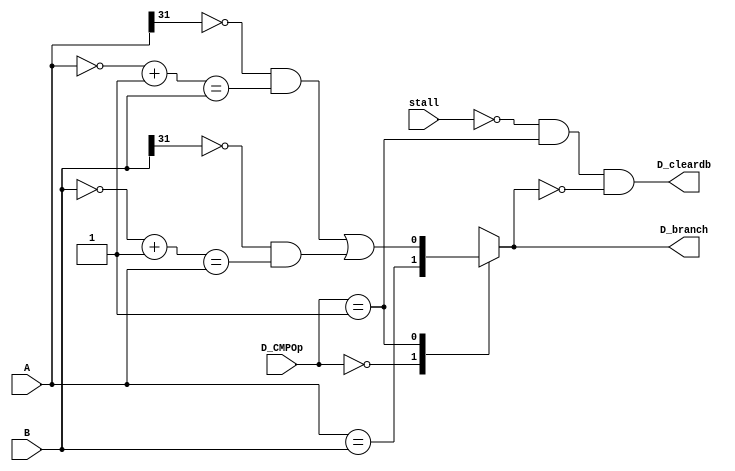
module D_CMP(
    input [31:0] A,
    input [31:0] B,
    input [3:0] D_CMPOp,
    input stall,
    output D_cleardb,
    output reg D_branch);

    parameter EQ_CMP = 4'b0000, OPPOSITE_CMP = 4'b0001;

    always @(*) begin
        case (D_CMPOp)
            EQ_CMP : D_branch = A == B; 
            OPPOSITE_CMP: D_branch = ((A[31] == 0) & (((~A) + 1) == B)) | ((B[31] == 0) & (((~B) + 1) == A));
            default: D_branch = 1'bx;
        endcase
    end

    assign D_cleardb = (!stall) & (D_CMPOp == OPPOSITE_CMP) & (D_branch == 1'b0);
    

endmodule